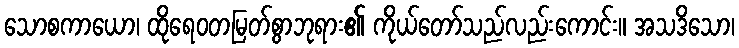
သောစကာယော၊ ထိုရေဝတမြတ်စွာဘုရား၏ ကိုယ်တော်သည်လည်းကောင်း။ အသဒိသော၊